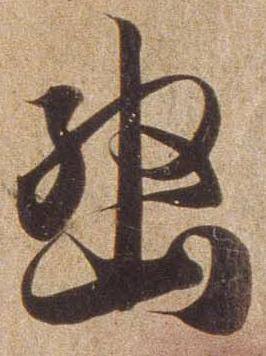
幽